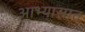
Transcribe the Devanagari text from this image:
आभ्यासात